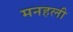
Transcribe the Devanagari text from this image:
मनहली